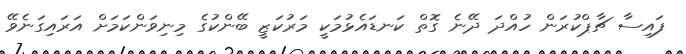
ފައިސާ ޗާޕްކުރަން ހުއްދަ ދޭނެ ގޮތް ކަނޑައެޅުމަކީ މަރުކަޒީ ބޭންކުގެ މިނިވަންކަމަށް އަރައިގަނެވޭ